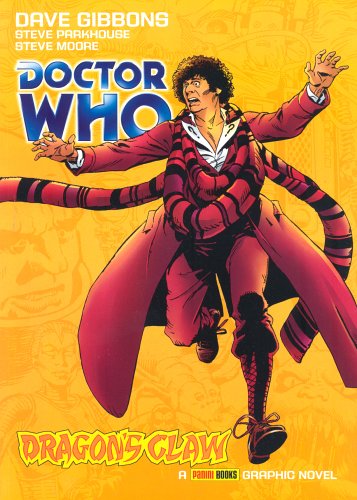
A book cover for Doctor Who: Dragon's Claw GN (Doctor Who Graphic Novel); Pat Mills; Humor & Entertainment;